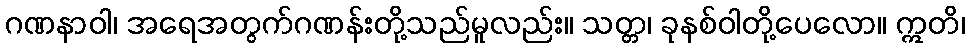
ဂဏနာဝါ၊ အရေအတွက်ဂဏန်းတို့သည်မူလည်း။ သတ္တ၊ ခုနစ်ဝါတို့ပေလော။ ဣတိ၊